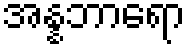
အန္နဘာရော